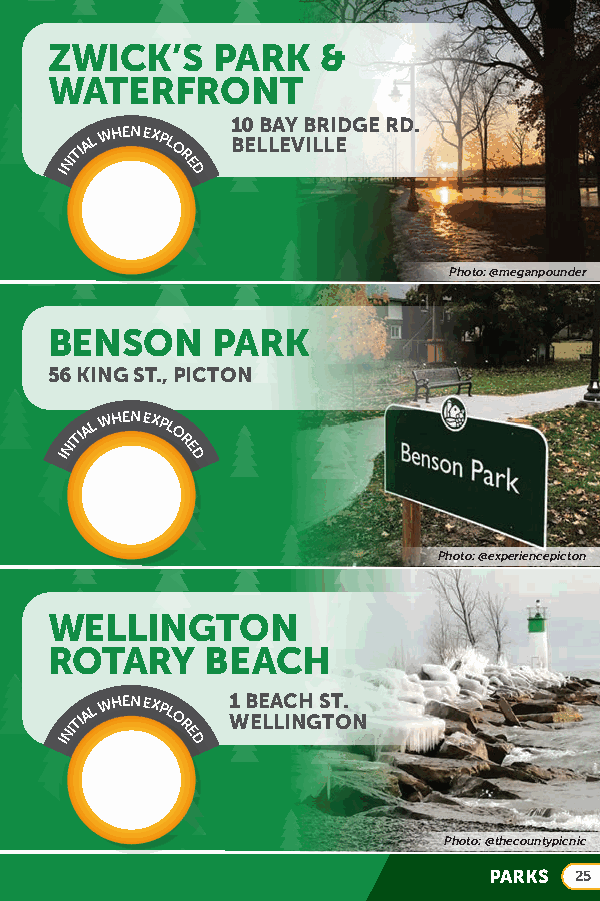
ZWICK’S    PARK   &
 WATERFRONT
 10 BAY BRIDGE RD.
 INITIAL
 WHEN EXPL
 O
 R
 E
 D
 BELLEVILLE
 Photo: @meganpounder
 BENSON     PARK
 56 KING ST., PICTON
 INITIAL
 WHEN EXPL
 O
 R
 E
 D
 Photo: @experiencepicton
 WELLINGTON
 ROTARY     BEACH
 INITIAL
 WHEN EXPL
 O
 R
 E
 D
 1
 W
 B EE LA LC INH
 G
 S TT O.
 N
 Photo: @thecountypicnic
 PARKS 25